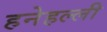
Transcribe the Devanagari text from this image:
हनेहल्ली